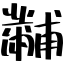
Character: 黼